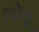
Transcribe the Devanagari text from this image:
शोत्रू